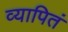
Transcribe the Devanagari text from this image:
व्यापितं